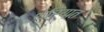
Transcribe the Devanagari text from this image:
थेरियात